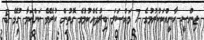
ޖިންސީ ހާނީއްކަކުރުމުގެ 7 މައްސަލަ ބިރުދެއްކުމުގެ ގޮތުން ކުރެވޭ ކަންކަމާ ގުޅޭ 5